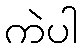
ကဲပါ